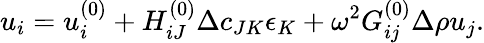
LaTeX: u_{i}=u_{i}^{(0)}+H_{iJ}^{(0)}\Delta c_{JK}\epsilon_{K}+\omega^{2}G_{ij}^{(0)}\Delta\rho u_{j}.